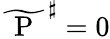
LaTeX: \widetilde{\mathrm{~\mathrm{~P~}~}}^{\sharp}=0